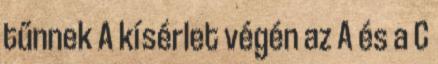
tűnnek A kísérlet végén az A és a C